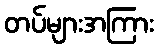
တပ်များအကြား